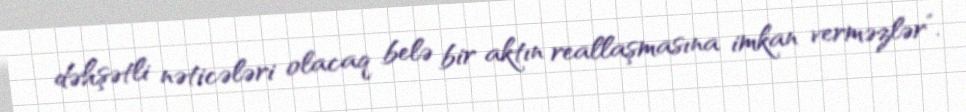
dəhşətli nəticələri olacaq belə bir aktın reallaşmasına imkan verməzlər”.